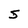
Character: S